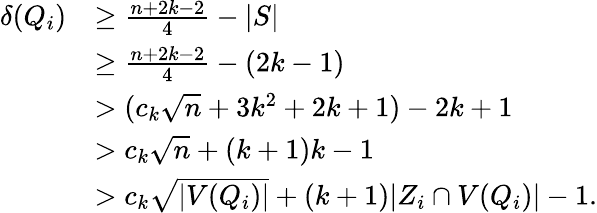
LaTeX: \begin{array}{rl}{\delta(Q_{i})}&{\geq\frac{n+2k-2}{4}-|S|}\\ &{\geq\frac{n+2k-2}{4}-(2k-1)}\\ &{>(c_{k}\sqrt{n}+3k^{2}+2k+1)-2k+1}\\ &{>c_{k}\sqrt{n}+(k+1)k-1}\\ &{>c_{k}\sqrt{|V(Q_{i})|}+(k+1)|Z_{i}\cap V(Q_{i})|-1.}\end{array}